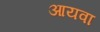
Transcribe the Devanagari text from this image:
आयवा